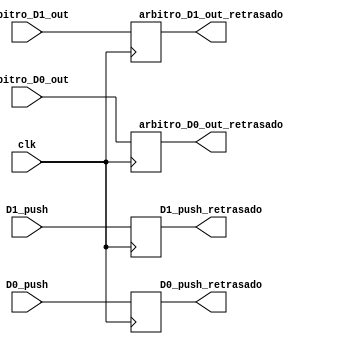
module retraso2 (
            input clk,D0_push,D1_push,
            input [5:0] arbitro_D0_out ,
            input [5:0] arbitro_D1_out ,
            output reg  D0_push_retrasado,D1_push_retrasado,
            output reg [5:0] arbitro_D0_out_retrasado ,
            output reg [5:0] arbitro_D1_out_retrasado 
            );

// WRITE //
    always @(posedge clk) begin
       arbitro_D0_out_retrasado[5:0] <= arbitro_D0_out[5:0];
	   arbitro_D1_out_retrasado[5:0] <= arbitro_D1_out[5:0];
       D0_push_retrasado <= D0_push;
       D1_push_retrasado <= D1_push;
    end
  
       
endmodule